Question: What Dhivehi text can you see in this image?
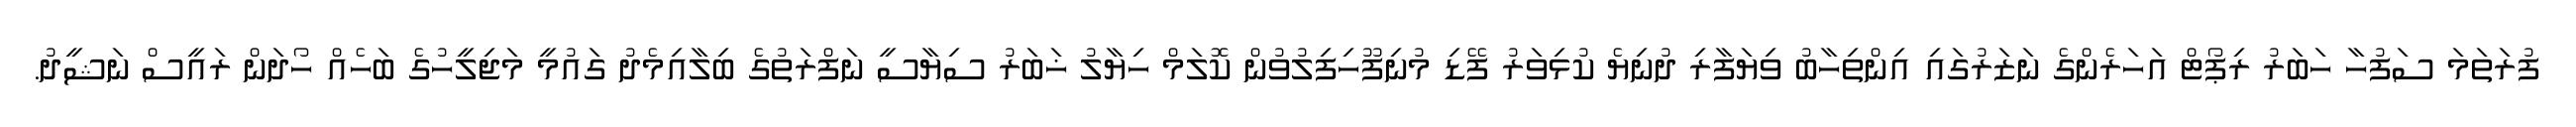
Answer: ފުރަތަމަ ސަފުހާ ހަބަރު ރިޕޯޓް އަހަރެންގެ ނަޒަރުގައި އިންތިހާބު ވިޔަފާރި ދުނިޔެ ކުޅިވަރު ފޭޑި މުނިފޫހިފިލުވުން ކޮލަމް ހިޔާލު ޚަބަރު ސިޔާސީ ނަފްރަތުގެ ބިލާއިމެދު ގައުމީ މަޖިލީހުގެ ބަހެއް ހޯދަން ރައީސް ނަޝީދު.